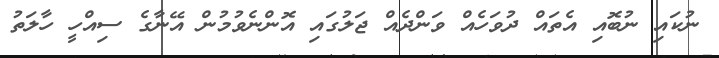
ނުކައި ނުބޮއި އެތައް ދުވަހެއް ވަންދެއް ޖަލުގައި އޮންނެވުމުން އޭނާގެ ސިއްހީ ހާލަތު